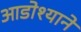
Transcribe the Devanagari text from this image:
आडोश्याने